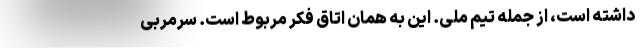
داشته است، از جمله تیم ملی. این به همان اتاق فکر مربوط است. سرمربی